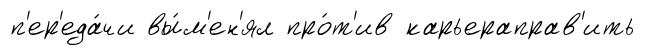
п'ер'еда́чи вы́м'ен'ял про́т'ив карьераправ'ить